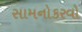
સામનોકરવો